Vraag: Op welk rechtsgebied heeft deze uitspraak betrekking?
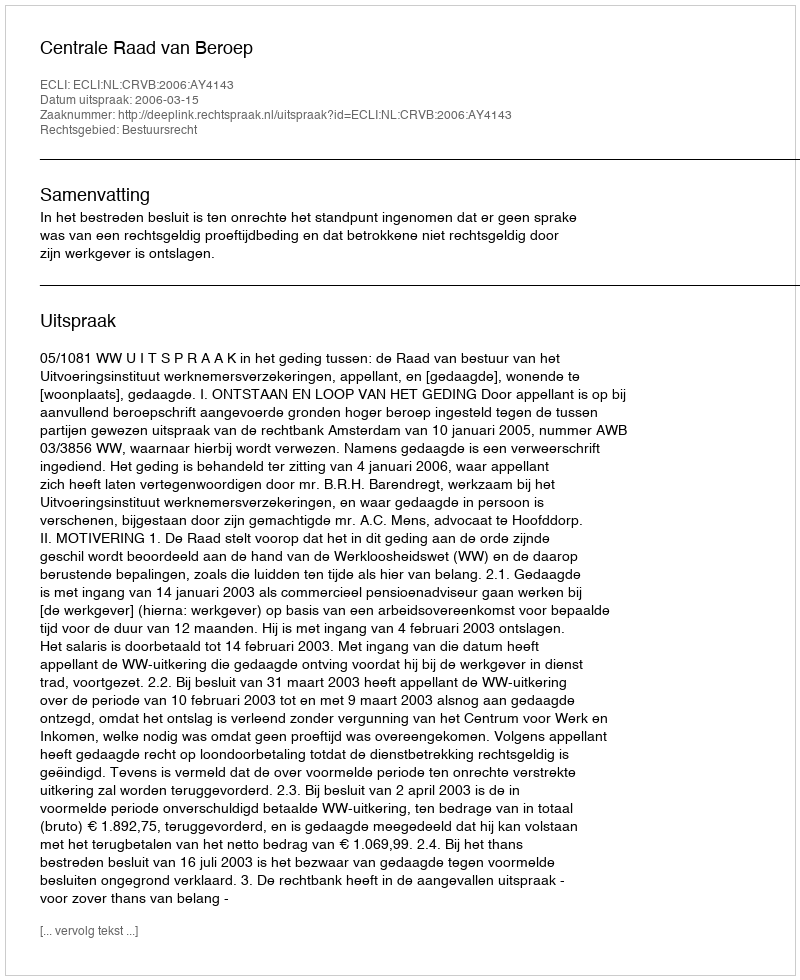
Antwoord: Bestuursrecht